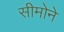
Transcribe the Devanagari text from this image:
सीमोने